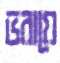
ভরায়ে